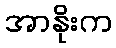
အာနိုးက